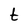
Character: t